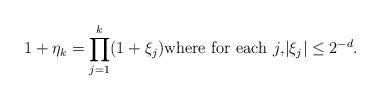
LaTeX: \begin{align*}1+\eta_k=\prod_{j=1}^k (1+\xi_j)\text{where for each $j$,}|\xi_j|\le 2^{-d}.\end{align*}